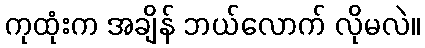
ကုထုံးက အချိန် ဘယ်လောက် လိုမလဲ။